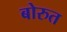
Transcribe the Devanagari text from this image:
बोरुत